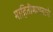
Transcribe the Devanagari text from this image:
माहितीमापनाचे